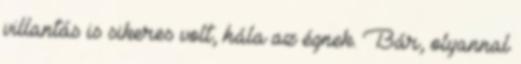
villantás is sikeres volt, hála az égnek. Bár, olyannal